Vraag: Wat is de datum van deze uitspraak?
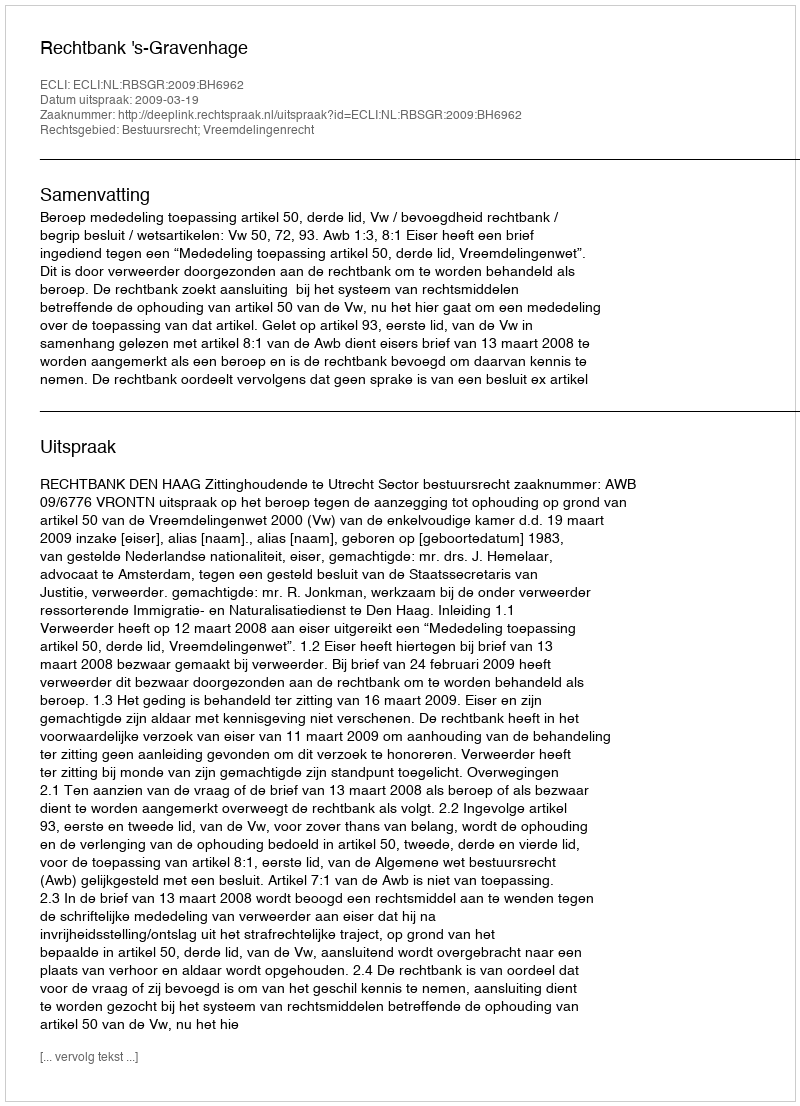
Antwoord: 2009-03-19